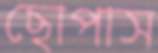
ছোপাস